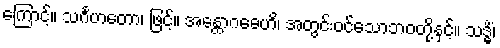
ကြောင့်။ သင်္ဂဟတော၊ ဖြင့်။ အန္တောဂဓေဟိ၊ အတွင်းဝင်သောဘဝတို့နှင့်။ သဒ္ဓိံ၊